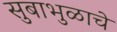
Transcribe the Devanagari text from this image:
सुबाभुळाचे